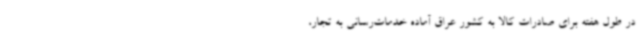
در طول هفته برای صادرات کالا به کشور عراق آماده خدمات‌رسانی به تجار،